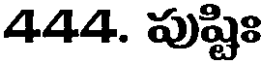
444. పుష్టిః